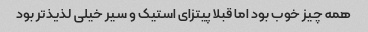
همه چیز خوب بود اما قبلا پیتزای استیک و سیر خیلی لذیذ‌تر بود